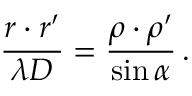
{ \frac { \boldsymbol r \boldsymbol \cdot \boldsymbol r ^ { \prime } } { \lambda D } } = { \frac { \boldsymbol \rho \boldsymbol \cdot \boldsymbol \rho ^ { \prime } } { \sin \alpha } } \, .